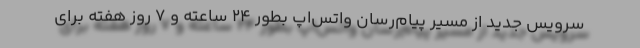
سرویس جدید از مسیر پیام‌رسان واتس‌اپ بطور ۲۴ ساعته و ۷ روز هفته برای